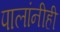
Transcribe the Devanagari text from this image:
पालांनीही